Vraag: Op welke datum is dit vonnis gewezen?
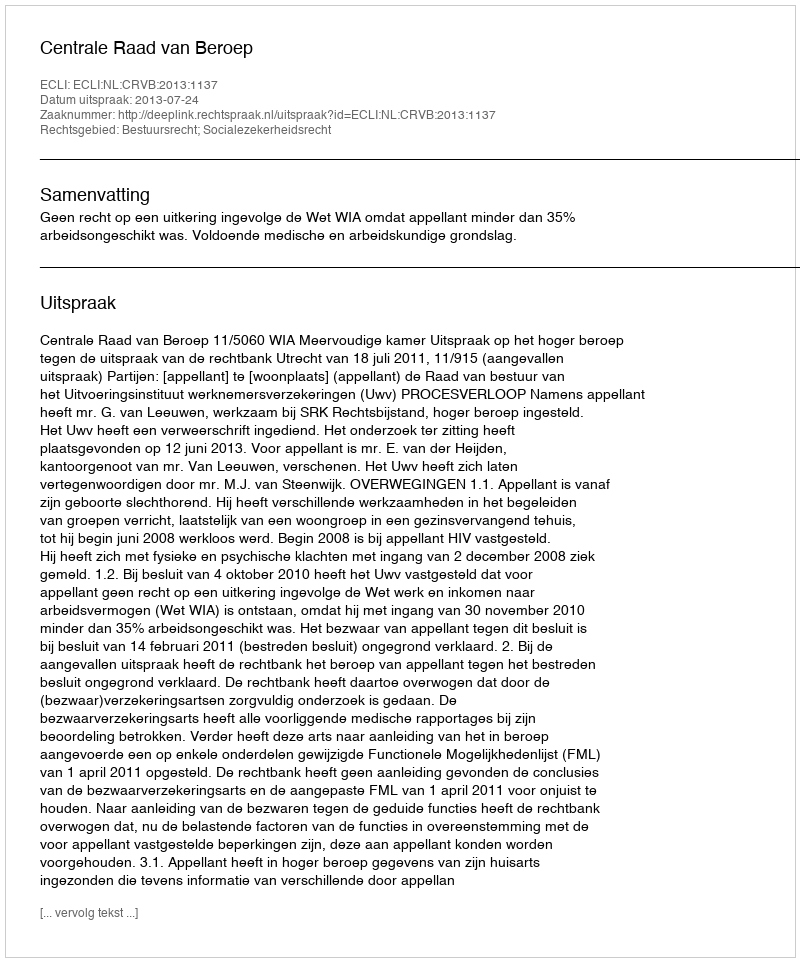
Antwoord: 2013-07-24